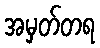
အမှတ်တရ